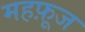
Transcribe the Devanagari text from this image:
महफ़ूज